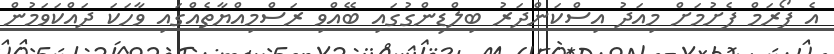
އެ ފޯރަމް ފެށުމަށް މިއަދު އިސްކަންދަރު ބިލްޑިންގުގައި ބޭއްވި ރަސްމިއްޔާތެއްގައި ވާހަކަ ދައްކަވަމުން